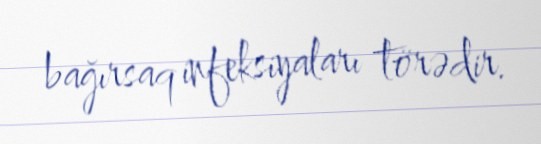
bağırsaq infeksiyaları törədir.